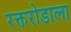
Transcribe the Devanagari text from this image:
रक्तरोडाला